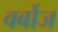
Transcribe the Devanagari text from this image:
वर्बोज